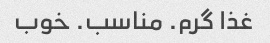
غذا گرم. مناسب. خوب